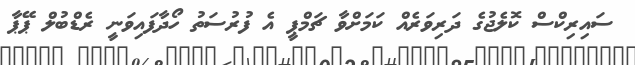
ސައިރިކްސް ކޮލެޖުގެ ދަރިވަރެއް ކަމަށްވާ ޗަމްޕީ އެ ފުރުސަތު ހޯދާފައިވަނީ ރެޑްބުލް ޕޭޕާ